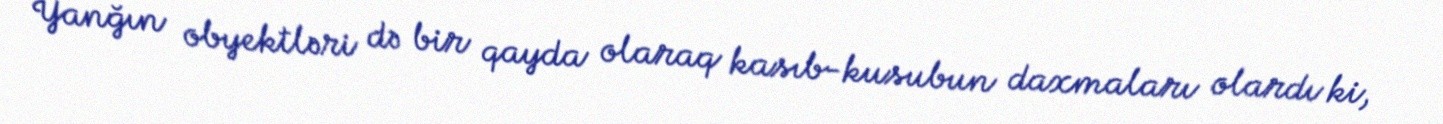
Yanğın obyektləri də bir qayda olaraq kasıb-kusubun daxmaları olardı ki,